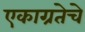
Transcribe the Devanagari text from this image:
एकाग्रतेचे